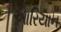
આરિયાન